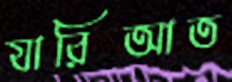
যারিআত